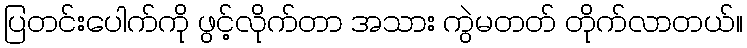
ပြတင်းပေါက်ကို ဖွင့်လိုက်တာ အသား ကွဲမတတ် တိုက်လာတယ်။